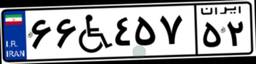
۶۶W۴۵۷۵۲